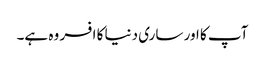
آپ کا اور ساری دنیا کا افسر وہ ہے۔